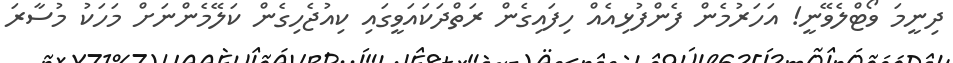
ދިނީމަ ވޯޓްލެވޭނީ! އަހަރުމެން ފެންފުޅިއެއް ހިފައިގެން ރަތްދަކައަވީގައި ކިއުޖެހިގެން ކަލޭމެންނަށް މަހަކު މުސާރަ